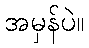
အမှန်ပဲ။